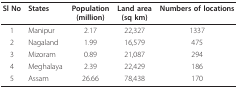
<table><thead><tr><td><b>Sl No</b></td><td><b>States</b></td><td><b>Population(million)</b></td><td><b>Land area(sq km)</b></td><td><b>Numbers of locations</b></td></tr></thead><tbody><tr><td>1</td><td>Manipur</td><td>2.17</td><td>22,327</td><td>1337</td></tr><tr><td>2</td><td>Nagaland</td><td>1.99</td><td>16,579</td><td>475</td></tr><tr><td>3</td><td>Mizoram</td><td>0.89</td><td>21,087</td><td>294</td></tr><tr><td>4</td><td>Meghalaya</td><td>2.39</td><td>22,429</td><td>186</td></tr><tr><td>5</td><td>Assam</td><td>26.66</td><td>78,438</td><td>170</td></tr></tbody></table>